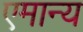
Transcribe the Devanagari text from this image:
एमान्य